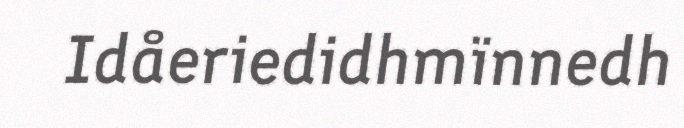
Idåeriedidhmïnnedh